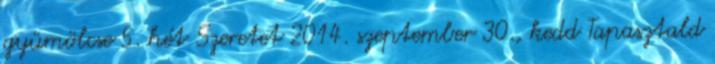
gyümölcse 5. hét Szeretet 2014. szeptember 30., kedd Tapasztald